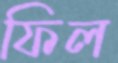
ফিল